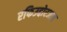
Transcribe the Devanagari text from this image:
रफिउद्दोरजात